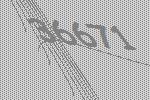
36671